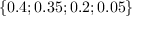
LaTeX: \{ 0 . 4 ; 0 . 3 5 ; 0 . 2 ; 0 . 0 5 \}